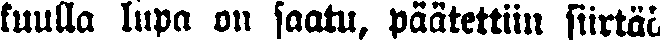
kuulla lupa on saatu, päätettiin siirtää